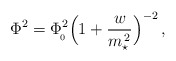
\begin{align*}\Phi^2= \Phi_{\!_0}^2\Big(1+{w\over m_\star^{\,2}}\Big)^{-2}\, ,\end{align*}